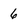
Character: 6